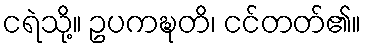
ငရဲသို့။ ဥပကဍ္ဎတိ၊ ငင်တတ်၏။